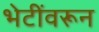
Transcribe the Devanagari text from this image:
भेटींवरून